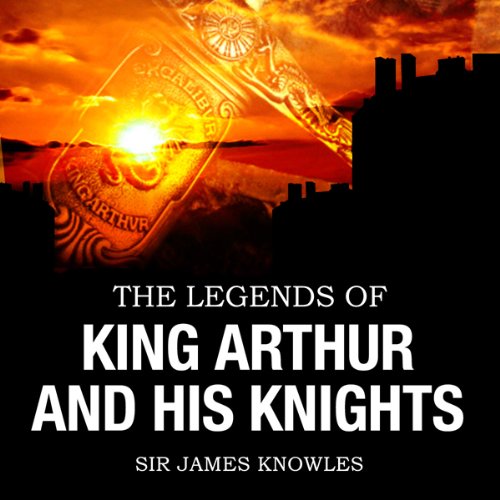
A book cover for The Legends of King Arthur & His Knights; James Knowles; Literature & Fiction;